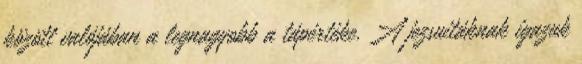
között valójában a legnagyobb a tápértéke. A jezsuitáknak igazuk